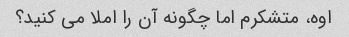
اوه، متشکرم اما چگونه آن را املا می کنید؟